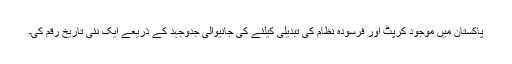
پاکستان میں موجود کرپٹ اور فرسودہ نظام کی تبدیلی کیلئے کی جانیوالی جدوجہد کے ذریعے ایک نئی تاریخ رقم کی۔